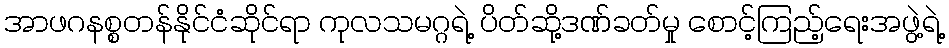
အာဖဂနစ္စတန်နိုင်ငံဆိုင်ရာ ကုလသမဂ္ဂရဲ့ ပိတ်ဆို့ဒဏ်ခတ်မှု စောင့်ကြည့်ရေးအဖွဲ့ရဲ့